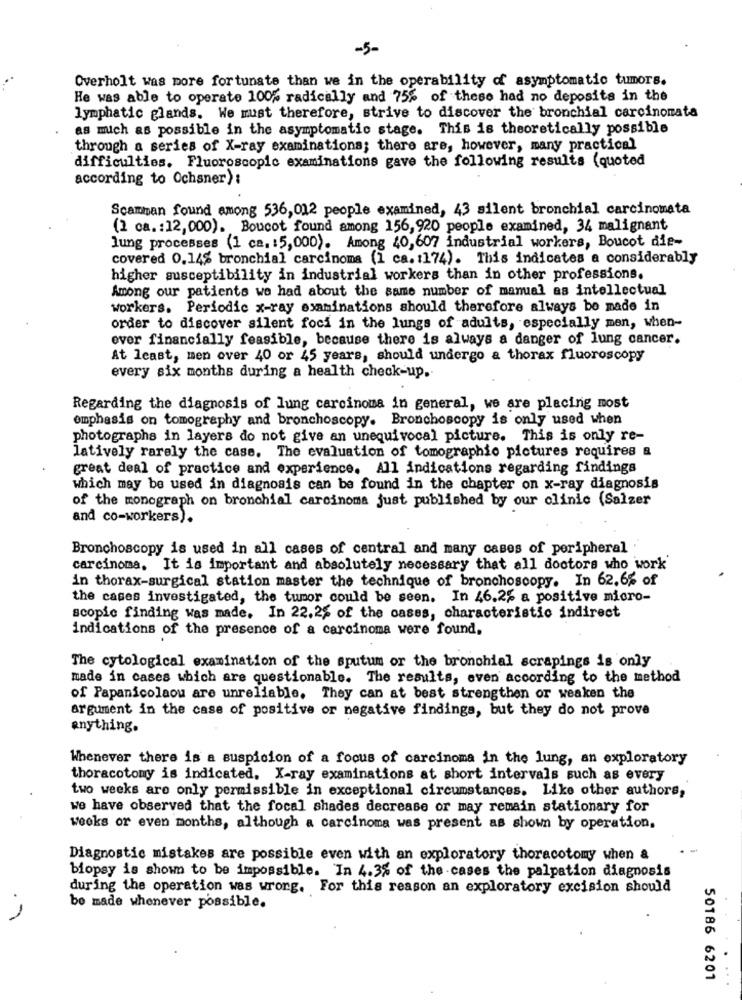
-5-
Overholt was more fortunate than we in the operability of asymptomatic tumors.
He was able to operate 100% radically and 75% of these had no deposite in the
lymphatic glands. We must therefore, strive to discover the bronchial carcinonata
as mich as possible in the asymptomatic stage. This is theoretically possible
through a series of X-ray examinations; there are, however, many practical
difficulties. Fluoroscopic examinations gave the following results (quoted
according to Ochsner):
Scamman found among 536,012 people examined, 43 silent bronchial carcinomata
(2 ca .: 12,000). Boucot found among 156,920 people examined, 34 malignant
lung processes (1 ca. 15,000). Among 40,607 industrial workers, Boucot die-
covered 0.14% bronchial carcinoma (1 ca. 1174). This indicates a considerably
higher susceptibility in industrial workers than in other professions.
Among our patients we had about the same number of manual as intellectual
workers. Periodic x-ray examinations should therefore always be made in
order to discover silent foci in the lungs of adults, especially men, when-
over financially feasible, because there is always a danger of lung cancer.
At least, men over 40 or 45 years, should undergo a thorax fluoroscopy
every six months during a health check-up.
Regarding the diagnosis of lung carcinoma in general, we are placing most
emphasis on tomography and bronchoscopy. Bronchoscopy is only used when
photographs in layers do not give an unequivocal picture. This is only re-
latively rarely the case. The evaluation of tomographie pictures requires a
great deal of practice and experience. All indications regarding findings
which may be used in diagnosis can be found in the chapter on x-ray diagnosis
of the monograph on bronchial carcinoma just published by our clinic (Salzer
and co-workers).
Bronchoscopy is used in all cases of central and many cases of peripheral
carcinoma. It is important and absolutely necessary that all doctors who work
in thorax-surgical station master the technique of bronchoscopy. In 62.6% of
the cases investigated, the tumor could be seen. In 46.2% a positive micro-
scopic finding was made. In 22.2% of the cases, characteristic indirect
indications of the presence of a carcinoma were found,
The cytological examination of the sputum or the bronchial scrapings is only
made in cases which are questionable. The results, even according to the method
of Papanicolaou are unreliable. They can at best strengthen or weaken the
argument in the case of positive or negative findings, but they do not prove
anything.
Whenever there is a suspicion of a focus of carcinoma in the lung, an exploratory
thoracotomy is indicated. X-ray examinations at short intervals such as every
two weeks are only permissible in exceptional circumstances. Like other authors,
we have observed that the focal shades decrease or may remain stationary for
weeks or even months, although a carcinoma was present as shown by operation,
Diagnostic mistakes are possible even with an exploratory thoracotomy when a
biopsy is shown to be impossible. In 4.3% of the cases the palpation diagnosis
during the operation was wrong. For this reason an exploratory excision should
be made whenever possible.
50186 6201